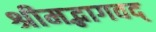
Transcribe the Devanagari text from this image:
श्रीमद्भागवद्